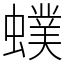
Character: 䗱